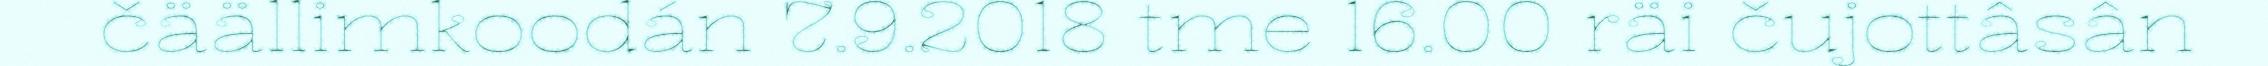
čäällimkoodán 7.9.2018 tme 16.00 räi čujottâsân